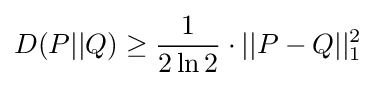
D(P||Q)\geq {\frac {1}{2\ln 2}}\cdot ||P-Q||_{1}^{2}